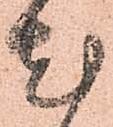
尤